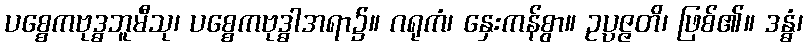
ပစ္စေကဗုဒ္ဓဘူမီသု၊ ပစ္စေကဗုဒ္ဓါအရာ၌။ ဂရုကံ၊ နှေးကန်စွာ။ ဥပ္ပဇ္ဇတိ၊ ဖြစ်၏။ ဒန္ဓံ၊